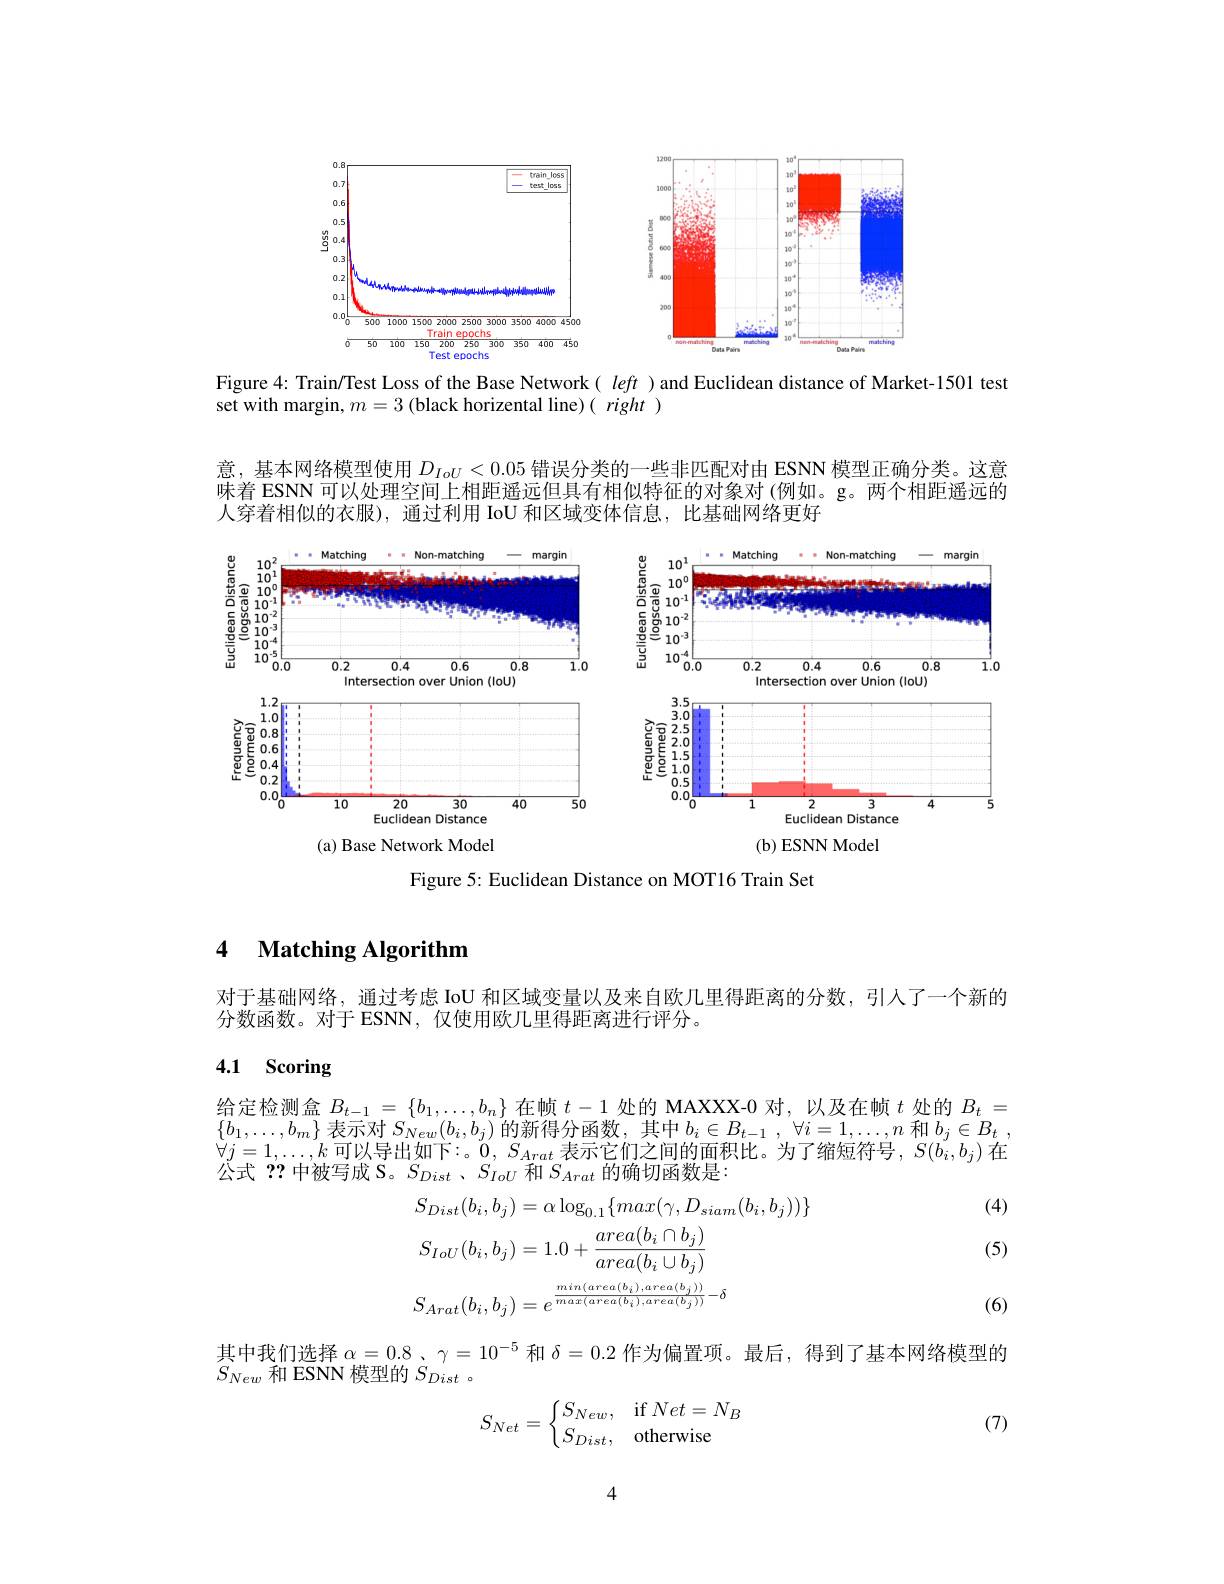
<FigureHere>

Figure 4: Train/Test Loss of the Base Network( left )and Euclidean distance of Market-1501 test
set with margin, $m=3$ (black horizental line)( right )

意，基本网络模型使用$D_{IoU}<0.05$错误分类的一些非匹配对由 ESNN 模型正确分类。这意味着 ESNN 可以处理空间上相距遥远但具有相似特征的对象对 (例如。g。两个相距遥远的人穿着相似的衣服),通过利用 IoU 和区域变体信息，比基础网络更好

<FigureHere>
(b) ESNN Model

<FigureHere>
(a) Base Network Model

Figure 5: Euclidean Distance on MOT16 Train Set

### 4 $\textbf{Matching Algorithm}$

对于基础网络，通过考虑 IoU 和区域变量以及来自欧几里得距离的分数，引入了一个新的
分数函数。对于 ESNN, 仅使用欧几里得距离进行评分。

# 4.1 Scoring

给定检测盒$B_t-1=\{b_1,\ldots,b_n\}$在帧$t-1$处的 MAXXX-0 对，以及在帧$t$处的$B_t=$ $\{b_{1},\ldots,b_{m}\}$ 表示对 $S_New(b_i,b_j)$ 的新得分函数，其中$b_i\in B_t-1,\forall i=1,\ldots,n$ 和$b_j\in B_t$, 公式？?中被写成 S。$S_{Dist}$ 、$S_{IoU}$和$S_{Arat}$的确切函数是

(4)

(5)
$$\begin{aligned}&S_{Dist}(b_{i},b_{j})=\alpha\log_{0.1}\{max(\gamma,D_{siam}(b_{i},b_{j}))\}\\&S_{IoU}(b_{i},b_{j})=1.0+\frac{area(b_{i}\cap b_{j})}{area(b_{i}\cup b_{j})}\\&S_{Arat}(b_{i},b_{j})=e^{\frac{min(area(b_{i}),area(b_{j}))}{max(area(b_{i}),area(b_{j}))}-\delta}\end{aligned}$$
(6)

其中我们选择$\alpha=0.8$ 、$\gamma=10^{-5}$和$\delta=0.2$作为偏置项。最后，得到了基本网络模型的
$S_{New}$和 ESNN 模型的$S_Dist$ 。
$$S_{Net}=\left\{\begin{matrix}S_{New},&\text{if}Net=N_B\\S_{Dist},&\text{otherwise}\end{matrix}\right.$$
(7)

4